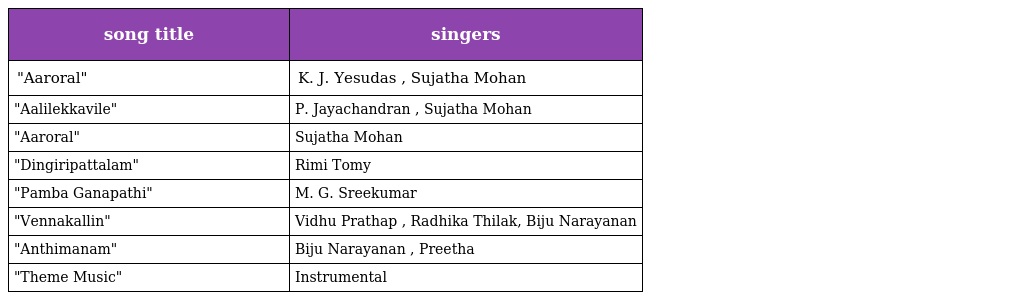
| song title | singers |
 | --- | --- |
 | "Aaroral" | K. J. Yesudas , Sujatha Mohan |
 | "Aalilekkavile" | P. Jayachandran , Sujatha Mohan |
 | "Aaroral" | Sujatha Mohan |
 | "Dingiripattalam" | Rimi Tomy |
 | "Pamba Ganapathi" | M. G. Sreekumar |
 | "Vennakallin" | Vidhu Prathap , Radhika Thilak, Biju Narayanan |
 | "Anthimanam" | Biju Narayanan , Preetha |
 | "Theme Music" | Instrumental |